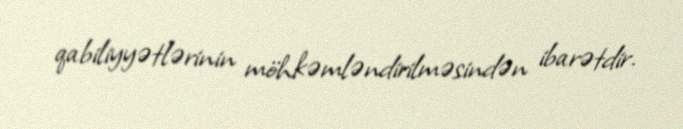
qabiliyyətlərinin möhkəmləndirilməsindən ibarətdir.